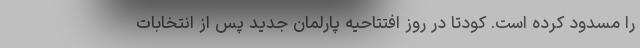
را مسدود کرده است. کودتا در روز افتتاحیه پارلمان جدید پس از انتخابات